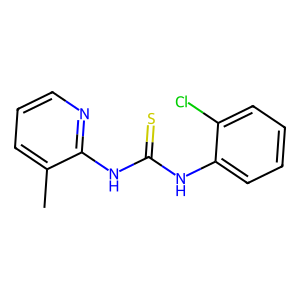
SMILES: Cc1cccnc1NC(=S)Nc1ccccc1Cl
Inhibits HIV replication: No